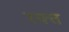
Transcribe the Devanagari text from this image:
रक्त्त